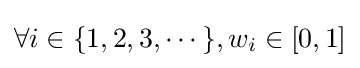
\forall i\in \{1,2,3,\cdots \},w_{i}\in [0,1]